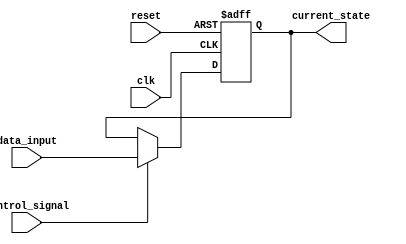
module hold_condition (
    input wire clk,                // Clock signal
    input wire reset,              // Reset signal
    input wire control_signal,      // Control signal to hold or update state
    input wire [7:0] data_input,    // New data input
    output reg [7:0] current_state   // Current state output
);

    // Initialization of current_state on reset
    always @(posedge clk or posedge reset) begin
        if (reset) begin
            current_state <= 8'b0;  // Initialize current_state to 0 on reset
        end else if (control_signal) begin
            current_state <= data_input;  // Update current_state with data_input
        end
        // If control_signal is LOW, current_state retains its value (hold condition)
    end

endmodule